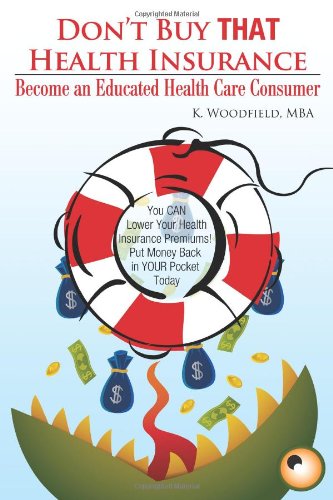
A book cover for Don't Buy That Health Insurance: Become an Educated Health Care Consumer: The Educated Health Insurance Consumer's Guide to Reducing Health Care Costs; K. R. Woodfield; Business & Money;